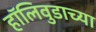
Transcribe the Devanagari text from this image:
हॉलिवुडाच्या